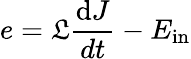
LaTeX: e=\mathfrak{L}\frac{\mathrm{d}J}{dt}-E_{\mathrm{in}}